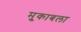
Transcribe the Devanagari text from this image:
मु्काबला